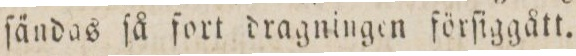
ſändas ſå fort dragningen förſiggått.